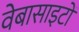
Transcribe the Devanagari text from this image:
वेबासाइटों